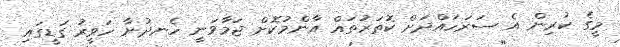
މީގެ ކުރިން އެ ސަރަހައްދަށް ކޮތަރުތައް އާންމުކޮށް ޖަމާވަނީ ހެނދުނާ ހަވީރު ގަޑީގައި